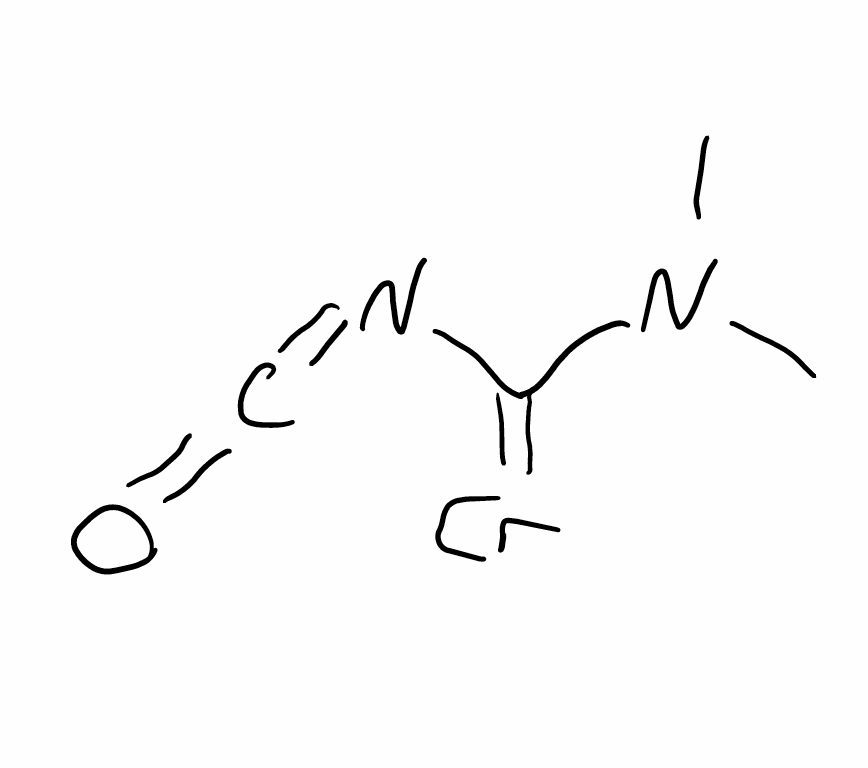
Simplified molecular-input line-entry system (SMILES) notation of the given molecule:
CN(C)C(=[Cr])N=C=O